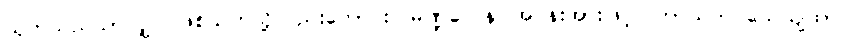
ယုတ်သည်သာလျှင် ဖြစ်သကဲသို့လည်းကောင်း။ မဏ္ဍလေန၊ အဝန်းအားဖြင့်။ ဟာယတိ သေယျထာပိ၊